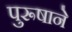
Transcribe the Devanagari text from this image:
पुरूषाने